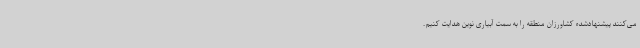
می‌کنند پیشنهادشده کشاورزان منطقه را به سمت آبیاری نوین هدایت کنیم.